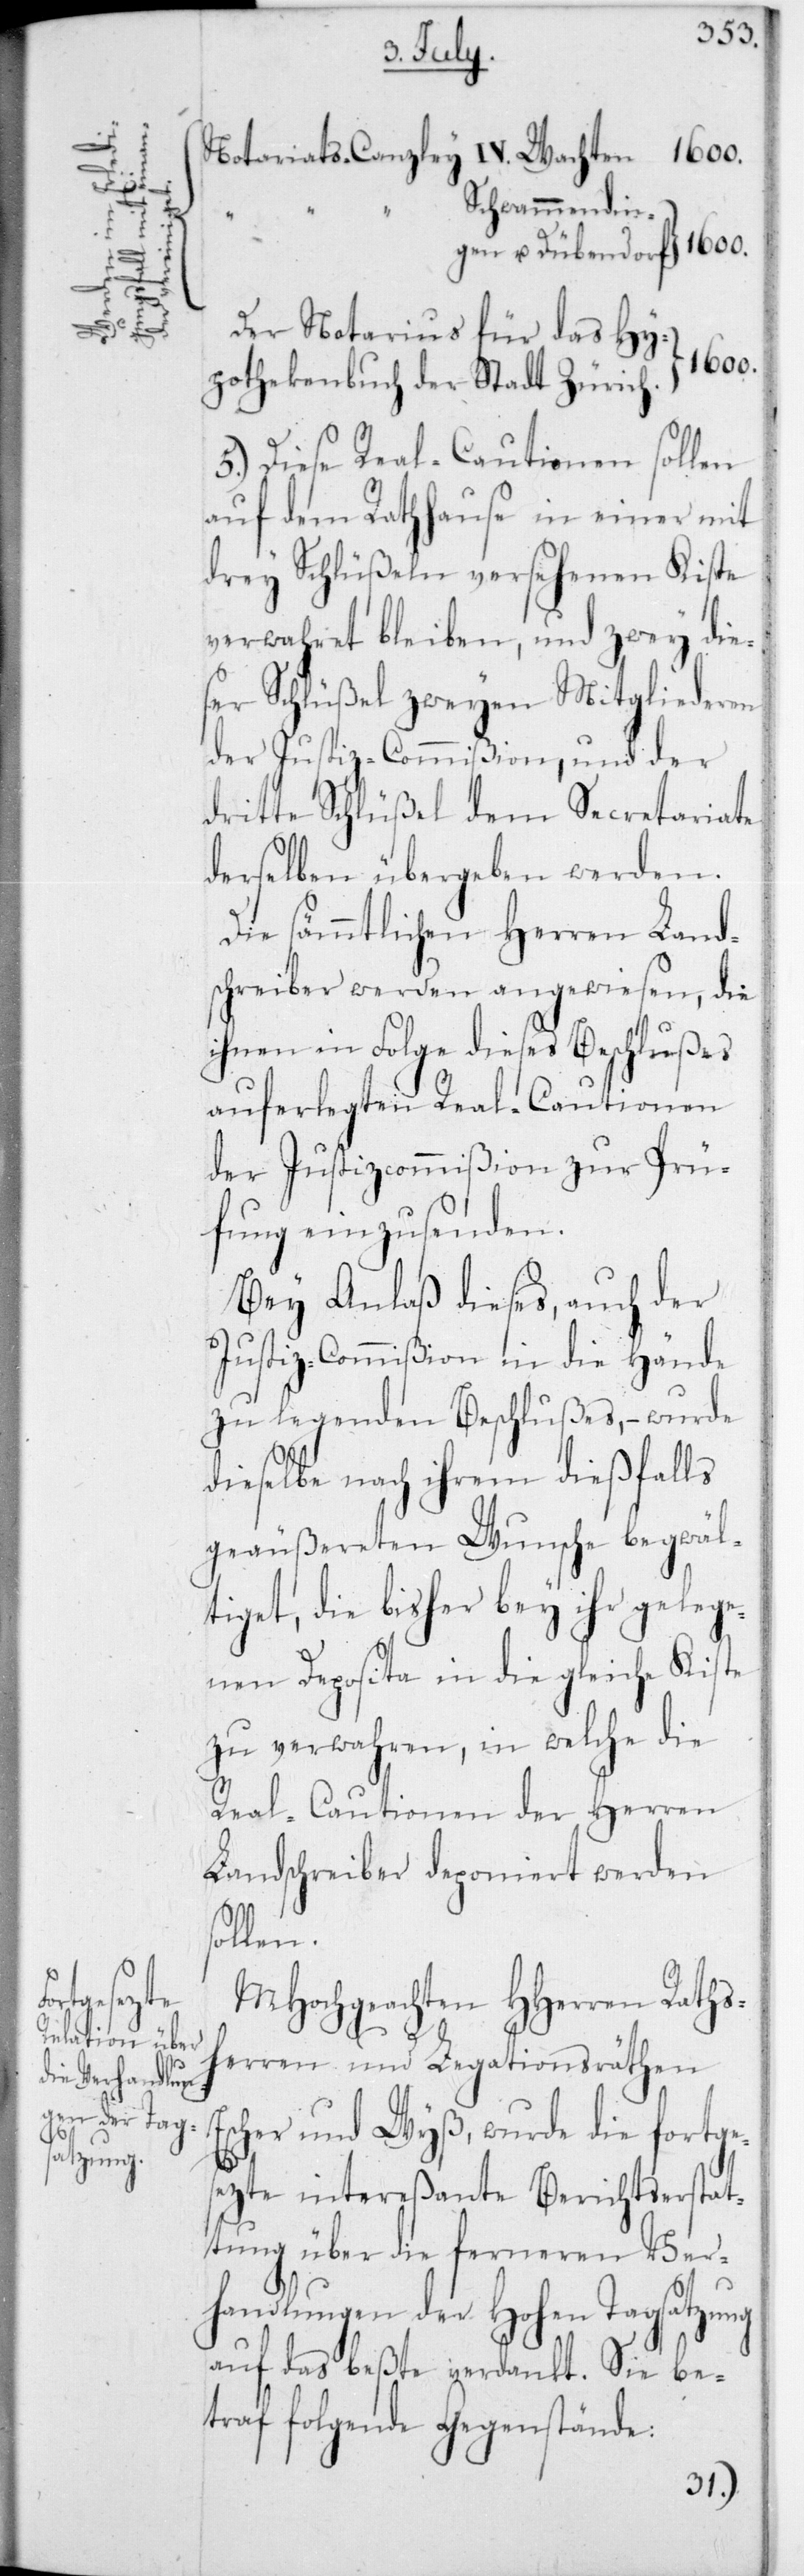
digungs¬

Es¬
“
Dübendorf

Schwammendin¬
1600.
MHochgeachten HHerren Raths¬
herren und Legationsräthen
cher und Wyß, wurde die fortge¬
sezte intereßante Berichtserstat¬
tung über die ferneren Ver¬
handlungen der Hohen Tagsatzung
auf das beßte verdankt. Sie be¬
traf folgende Gegenstände: